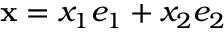
{ \bf x } = x _ { 1 } e _ { 1 } + x _ { 2 } e _ { 2 }